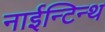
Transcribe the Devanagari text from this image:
नाईन्टिन्थ